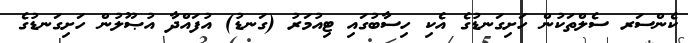
ކެންސަރ ސެލްތަކުން ހަށިގަނޑުގެ އެކި ހިސާބުގައި ޓިއުމަރު (ގަނޑު) އުފައްދާ އުޞޫލުން ހަށިގަނޑުގެ